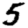
Digit: 5